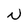
Character: N